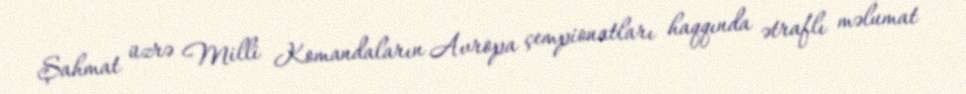
Şahmat üzrə Milli Komandaların Avropa çempionatları haqqında ətraflı məlumat